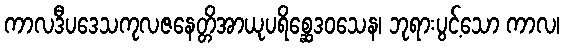
ကာလဒီပဒေသကုလဇနေတ္တိအာယုပရိစ္ဆေဒဝသေန၊ ဘုရားပွင့်သော ကာလ၊